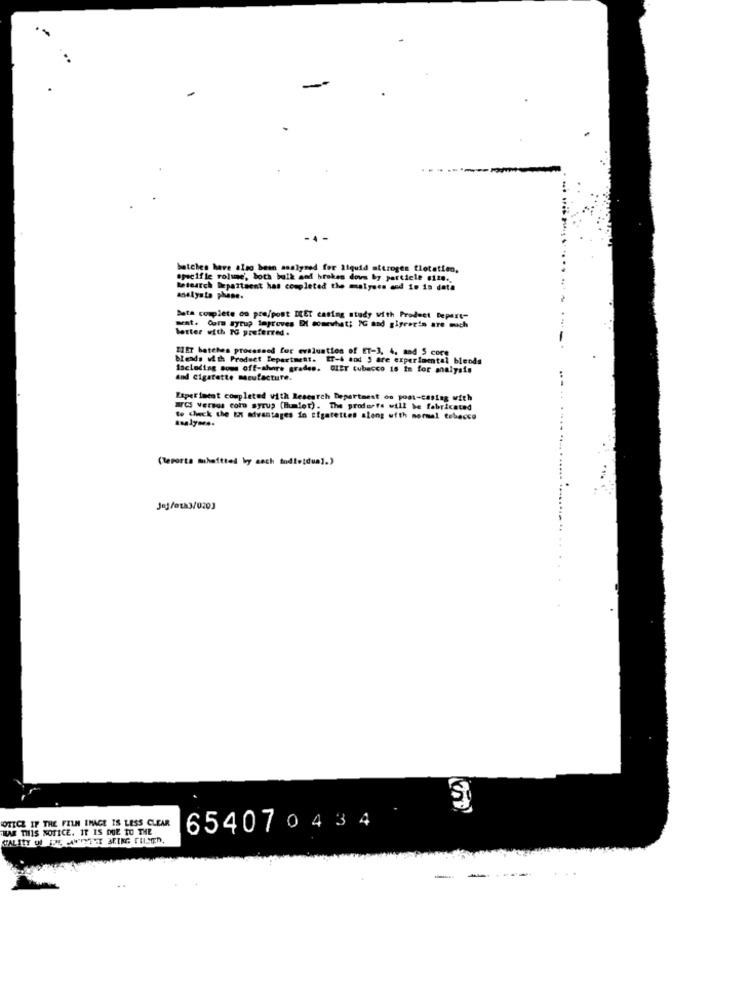
-4 -
batches have also been sonlymed for liquid attroges flotatien,
specific rolie', both bulk sod broken down by particle #128.
Research Department has completed the malyses and is is data
analysto phane.
Data complete oo pre/post DET cating study with Product Depert-
better with TG preferred .
meat. Corn syrup improves Di somewhat; IG and gigratin are much
IIET batches processed for evaluation of ET-3, 4, and $ core
blends with Product Department. ET-4 and 5 are experimental blends
Including sous off-shore grades. DIET tubacco is in for analysis
And Cigarette macufacture.
...
Experiment completed with Research Department oo post-casing with
WCS versus corn syrup (humlet). The produrre will be fabricated
to check the En advantages in cigarettes along with normal tobacco
(Reports muhaftted by each individual.)
Jej/otk3/0203
OTICE IF THE FILM IMAGE IS LESS CLEAR
HAR THIS NOTICE. IT IS DUE TO THE
654070434
-
-